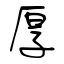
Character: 厚